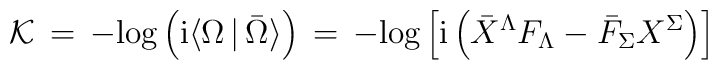
{\cal K}\,  = \,  -\mbox{log}\left ({\rm i}\langle \Omega \, \vert \, \bar \Omega\rangle \right )\,=\, -\mbox{log}\left [ {\rm i} \left ({\bar X}^\Lambda F_\Lambda -{\bar F}_\Sigma X^\Sigma \right ) \right ]